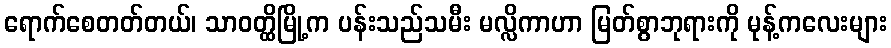
ရောက်စေတတ်တယ်၊ သာဝတ္ထိမြို့က ပန်းသည်သမီး မလ္လိကာဟာ မြတ်စွာဘုရားကို မုန့်ကလေးများ